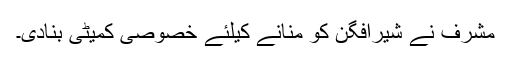
مشرف نے شیرافگن کو منانے کیلئے خصوصی کمیٹی بنادی۔